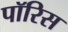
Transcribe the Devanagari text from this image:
पॉरिस